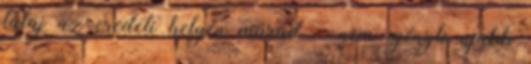
talaj az eredeti helyén marad  nem igényli újabb